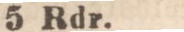
5 Rdr.